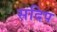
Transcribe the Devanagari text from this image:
सदिप